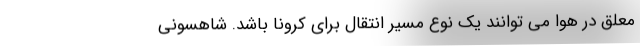
معلق در هوا می توانند یک نوع مسیر انتقال برای کرونا باشد. شاهسونی